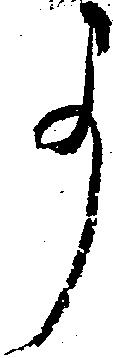
事